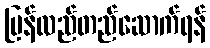
ပြန်လည်တည်ဆောက်ရန်